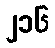
၂၁၆